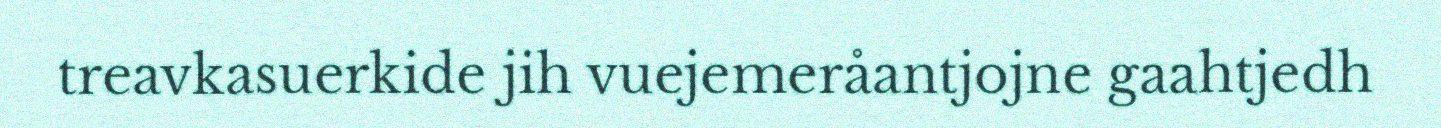
treavkasuerkide jih vuejemeråantjojne gaahtjedh